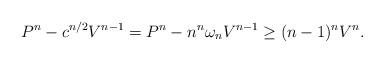
LaTeX: \begin{align*}P^n- c^{n/2} V^{n-1}=P^n-n^n \omega_n V^{n-1}\ge (n-1)^n V^n.\end{align*}